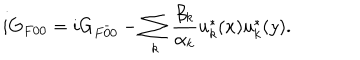
LaTeX: i G _ { F 0 0 } = i G _ { F \bar { 0 } { 0 } } - \sum _ { k } \frac { \beta _ { k } } { \alpha _ { k } } u _ { k } ^ { * } ( x ) u _ { k } ^ { * } ( y ) .